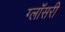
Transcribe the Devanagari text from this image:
ग्लॉसरी